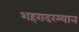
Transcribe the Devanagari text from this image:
शहरादरम्यान